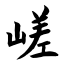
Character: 嵯